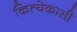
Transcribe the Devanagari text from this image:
कित्येकासी